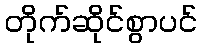
တိုက်ဆိုင်စွာပင်